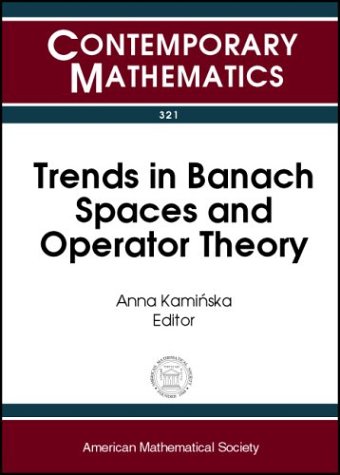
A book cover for Trends in Banach Spaces and Operator Theory: A Conference on Trends in Banach Spaces and Operator Theory, October 5-9, 2001, University of Memphis (Contemporary Mathematics); Science & Math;